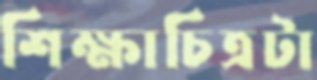
শিক্ষাচিত্রটা